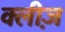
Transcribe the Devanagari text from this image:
क्लीज़